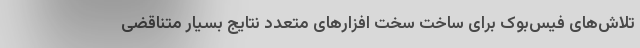
تلاش‌های فیس‌بوک برای ساخت سخت افزار‌های متعدد نتایج بسیار متناقضی